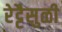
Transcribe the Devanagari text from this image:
रेट्टैसुळी